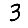
Digit: 3